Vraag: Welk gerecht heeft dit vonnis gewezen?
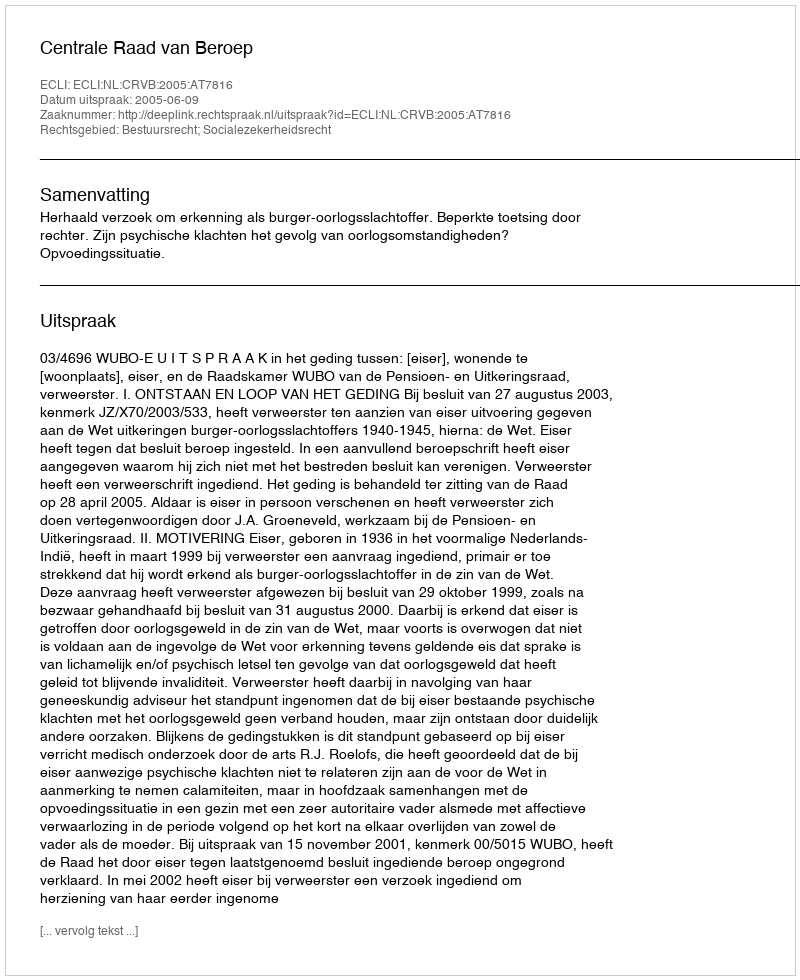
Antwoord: Centrale Raad van Beroep